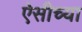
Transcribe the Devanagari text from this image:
ऐसीच्या